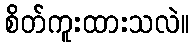
စိတ်ကူးထားသလဲ။